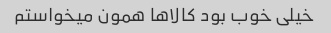
خیلی خوب بود کالاها همون میخواستم